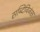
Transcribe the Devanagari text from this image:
सब्दिविजंस